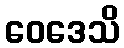
ဝေဒေသိ